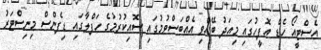
އެސްޓީއޯ ހެޑް އޮފީހުގައި މިއަދު ބޭއްވި އެއްބަސްވުމުގައި ސޮއިކުރުމުގެ ހަފްލާގައި ޑިފެންސް މިނިސްޓަރު